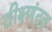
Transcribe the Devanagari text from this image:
तीक्ष्णंदत